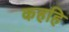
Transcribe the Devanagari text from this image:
कहहि